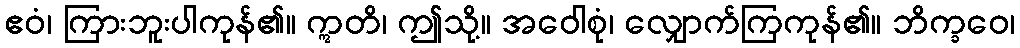
ဧဝံ၊ ကြားဘူးပါကုန်၏။ ဣတိ၊ ဤသို့။ အဝေါစုံ၊ လျှောက်ကြကုန်၏။ ဘိက္ခဝေ၊